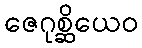
ဇေဂုစ္ဆိယေဝ